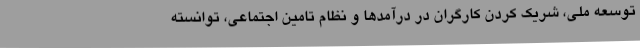
توسعه ملی، شریک کردن کارگران در درآمدها و نظام تامین اجتماعی، توانسته